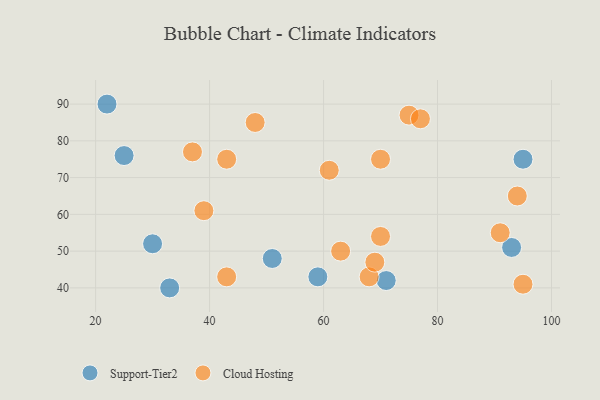
{"axis": {"x": "GDP", "y": "Life Expectancy"}, "legend": ["Cloud Hosting", "Support-Tier2"], "data": [{"x": "51", "y": 48, "type": "Support-Tier2"}, {"x": "93", "y": 51, "type": "Support-Tier2"}, {"x": "59", "y": 43, "type": "Support-Tier2"}, {"x": "95", "y": 75, "type": "Support-Tier2"}, {"x": "22", "y": 90, "type": "Support-Tier2"}, {"x": "71", "y": 42, "type": "Support-Tier2"}, {"x": "30", "y": 52, "type": "Support-Tier2"}, {"x": "33", "y": 40, "type": "Support-Tier2"}, {"x": "25", "y": 76, "type": "Support-Tier2"}, {"x": "91", "y": 55, "type": "Cloud Hosting"}, {"x": "37", "y": 77, "type": "Cloud Hosting"}, {"x": "39", "y": 61, "type": "Cloud Hosting"}, {"x": "43", "y": 75, "type": "Cloud Hosting"}, {"x": "48", "y": 85, "type": "Cloud Hosting"}, {"x": "68", "y": 43, "type": "Cloud Hosting"}, {"x": "95", "y": 41, "type": "Cloud Hosting"}, {"x": "69", "y": 47, "type": "Cloud Hosting"}, {"x": "43", "y": 43, "type": "Cloud Hosting"}, {"x": "63", "y": 50, "type": "Cloud Hosting"}, {"x": "75", "y": 87, "type": "Cloud Hosting"}, {"x": "70", "y": 75, "type": "Cloud Hosting"}, {"x": "70", "y": 54, "type": "Cloud Hosting"}, {"x": "94", "y": 65, "type": "Cloud Hosting"}, {"x": "61", "y": 72, "type": "Cloud Hosting"}, {"x": "77", "y": 86, "type": "Cloud Hosting"}]}